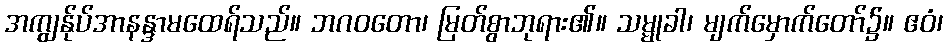
အကျွန်ုပ်အာနန္ဒာမထေရ်သည်။ ဘဂဝတော၊ မြတ်စွာဘုရား၏။ သမ္မုခါ၊ မျက်မှောက်တော်၌။ ဧဝံ၊